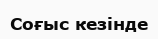
Соғыс кезінде